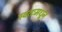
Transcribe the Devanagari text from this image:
स्वतःमधून